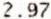
2.97